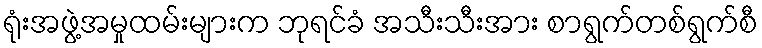
ရုံးအဖွဲ့အမှုထမ်းများက ဘုရင်ခံ အသီးသီးအား စာရွက်တစ်ရွက်စီ